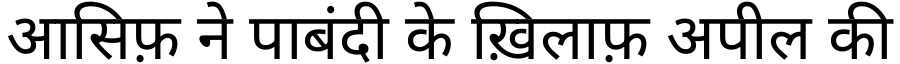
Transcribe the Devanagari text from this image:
आसिफ़ ने पाबंदी के ख़िलाफ़ अपील की